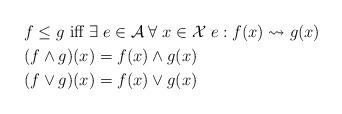
LaTeX: \begin{align*}& f \leq g \mbox{ iff } \exists \; e\in \mathcal{A} \; \forall \; x\in \mathcal{X} \; e:f(x)\leadsto g(x) \\& (f \wedge g)(x) = f(x)\wedge g(x) \\& (f \vee g)(x) = f(x)\vee g(x) \end{align*}